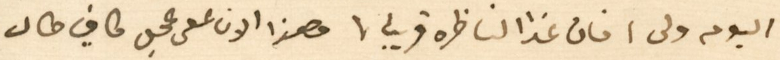
اليوم ولى، فان غدًا لناظره قريب، وهذا الان على عجل كافٍ طال